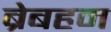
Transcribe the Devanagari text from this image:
ब्रेबहम